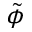
\tilde { \phi }